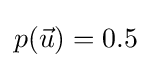
p({\vec {u}})=0.5